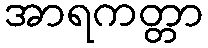
အာရကတ္တာ